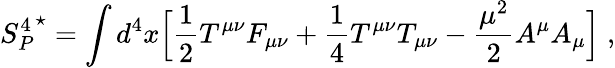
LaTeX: {S_{P}^{4}}^{\star}=\int d^{4}x\Bigl[{\frac{1}{2}}T^{\mu\nu}F_{\mu\nu}+{\frac{1}{4}}T^{\mu\nu}T_{\mu\nu}-{\frac{{\mu}^{2}}{2}}A^{\mu}A_{\mu}\Bigl]\; ,